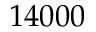
1 4 0 0 0